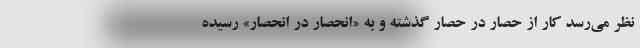
نظر می‌رسد کار از حصار در حصار گذشته و به «انحصار در انحصار» رسیده